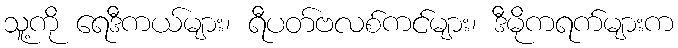
သူ့ကို ရေဒီကယ်များ၊ ရီပတ်ဗလစ်ကင်များ၊ ဒီမိုကရက်များက